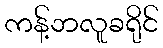
ကန့်ဘလူခရိုင်